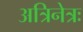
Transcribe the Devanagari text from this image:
अत्रिनेत्रः